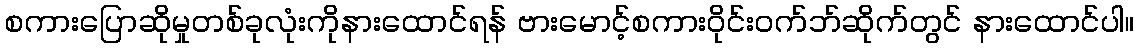
စကားပြောဆိုမှုတစ်ခုလုံးကိုနားထောင်ရန် ဗားမောင့်စကားဝိုင်းဝက်ဘ်ဆိုက်တွင် နားထောင်ပါ။